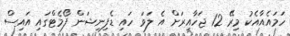
ހަމައެއާއެކު މިރޭ 12 ޖަހާއިރަށް އެ ލަވަ ހައި ޑެފިނިޝަން ފޯމެޓްގައި އައިސް